Leaving Certificate Examination (including Day School Certificate (Higher) General paper), 1927
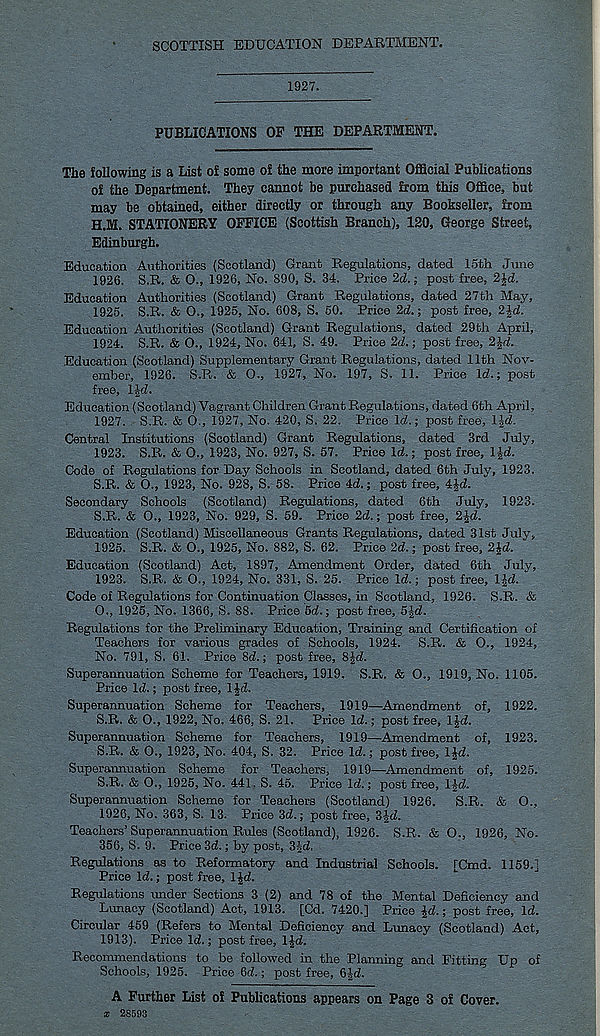
SCOTTISH EDUCATION DEPARTMENT.
1927.
PUBLICATIONS OF THE DEPARTMENT.
The following is a List of some of the more important Official Publications
of the Department. They cannot be purchased from this Office, but
may be obtained, either directly or through any Bookseller, from
H.M. STATIONERY OFFICE (Scottish Branch), ISO, George Street,
Edinburgh.
Education Authorities (Scotland) Grant Regulations, dated 15th dime
1926. S.R. & O., 1926, No. 890, S. 34. Price 2d.; post free, 2\d.
Education Authorities (Scotland) Grant Regulations, dated 27th May,
1925. S.R. & O., 1925, No. 608, S. 50. Price 2d.; post free, 2Jd.
Education Authorities (Scotland) Grant Regulations, dated 29th April,
1924. S.R. & O., 1924, No. 641, S. 49. Price 2d.; post free, 2^d.
Education (Scotland) Supplementary Grant Regulations, dated 11th Nov-
ember, 1926. S.R. & O., 1927, No. 197, S. 11. Price Id.; post
free, l|d.
Education (Scotland) Vagrant Children Grant Regulations, dated 6th April,
1927. S.R. & O., 1927, No. 420, S. 22. Price Id.; post free, IJd.
Central Institutions (Scotland) Grant Regulations, dated 3rd July,
1923. S.R. & O., 1923, No. 927, S. 57. Price Id.; post free, l|d.
Code of Regulations for Day Schools in Scotland, dated 6th July, 1923.
S.R. & O., 1923, No. 928, S. 58. Price 4d.; post free, 4£d.
Secondary Schools (Scotland) Regulations, dated 6th July, 1923.
S.R. & O., 1923, No. 929, S. 59. Price 2d.; post free, 2Jd.
Education (Scotland) Miscellaneous Grants Regulations, dated 31st July,
1925. S.R. & O., 1925, No. 882, S. 62. Price 2d.; post free, 2Jd.
Education (Scotland) Act, 1897, Amendment Order, dated 6th July,
1923. S.R. & O., 1924, No. 331, S. 25. Price Id.; post free, IJd.
Code of Regulations for Continuation Classes, in Scotland, 1926. S.R. &
O., 1925, No. 1366, S. 88. Price 6d.; post free, 5-|d.
Regulations for the Preliminary Education, Training and Certification of
Teachers for various grades of Schools, 1924. S.R. & O., 1924,
No. 791, S. 61. Price 8d.; post free, 8£d.
Superannuation Scheme for Teachers, 1919. S.R. & O., 1919, No. 1105.
Price Id.; post free, l£d.
Superannuation Scheme for Teachers, 1919—^Amendment of, 1922.
S.R. & O., 1922, No. 466, S. 21. Price Id.; post free, T£d.
Superannuation Scheme for Teachers, 1919—Amendment of, 1923.
S.R. & O., 1923, No. 404, S. 32. Price Id.; post free, IJd.
Superannuation Scheme for Teachers, 1919—Amendment of, 1925.
S.R. & O., 1925, No. 441, S. 45. Price Id.; post free, l|d.
Superannuation Scheme for Teachers (Scotland) 1926. S.R. & O.,
1926. No. 363, S. 13. Price 3d.; post free, Sji-d.
Teachers’ Superannuation Rules (Scotland), 1926. S.R. & O., 1926, No.
356, S. 9. Price 3d.; by post, SJd.
Regulations as to Reformatory and Industrial Schools. [Cmd. 1159.]
Price Id.; post free, IJd.
Regulations under Sections 3 (2) and 78 of the Mental Deficiency and
Lunacy (Scotland) Act, 1913. [Cd. 7420.] Price £d.; post free, Id.
Circular 459 (Refers to Mental Deficiency and Lunacy (Scotland) Act,
1913). Price Id.; post free, 1^-d.
Recommendations to be followed in the Planning and Fitting Up of
Schools, 1925. Price 6d.; post free, 6|d.
A Further List of Publications appears on Page 3 of Cover.
x 28593